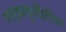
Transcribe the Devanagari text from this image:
नाट्यकृतींतील